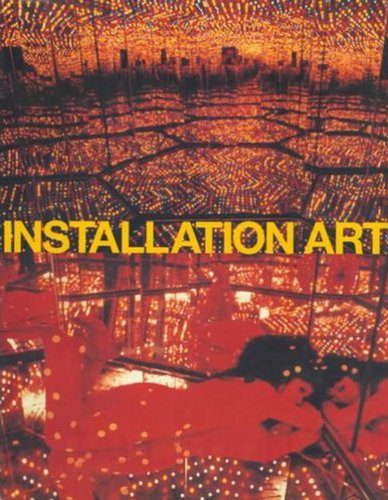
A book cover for Installation Art; Claire Bishop; Arts & Photography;